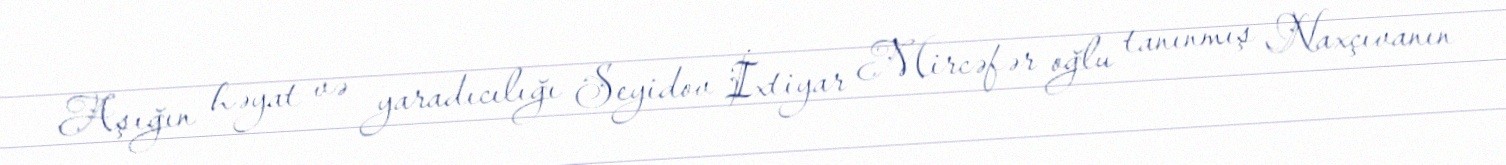
Aşığın həyat və yaradıcılığı Seyidov İxtiyar Mircəfər oğlu tanınmış Naxçıvanın